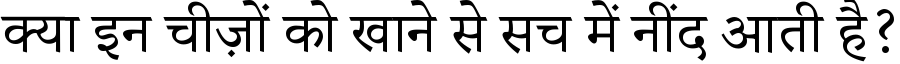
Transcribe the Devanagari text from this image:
क्या इन चीज़ों को खाने से सच में नींद आती है?